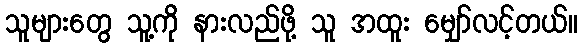
သူများတွေ သူ့ကို နားလည်ဖို့ သူ အထူး မျှော်လင့်တယ်။